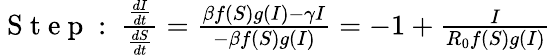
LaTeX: \begin{array}{r}{\mathrm{~S~t~e~p~:~}\frac{\frac{dI}{dt}}{\frac{dS}{dt}}=\frac{\beta f(S)g(I)-\gamma I}{-\beta f(S)g(I)}=-1+\frac{I}{R_{0}f(S)g(I)}}\end{array}